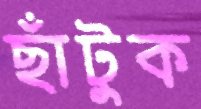
ছাঁটুক